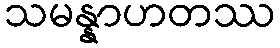
သမန္နာဟတဿ